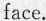
face.